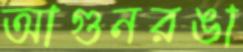
আগুনরঙা